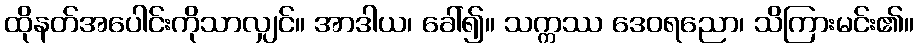
ထိုနတ်အပေါင်းကိုသာလျှင်။ အာဒါယ၊ ခေါ်၍။ သက္ကဿ ဒေဝရညော၊ သိကြားမင်း၏။